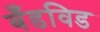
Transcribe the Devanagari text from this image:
बँडविड